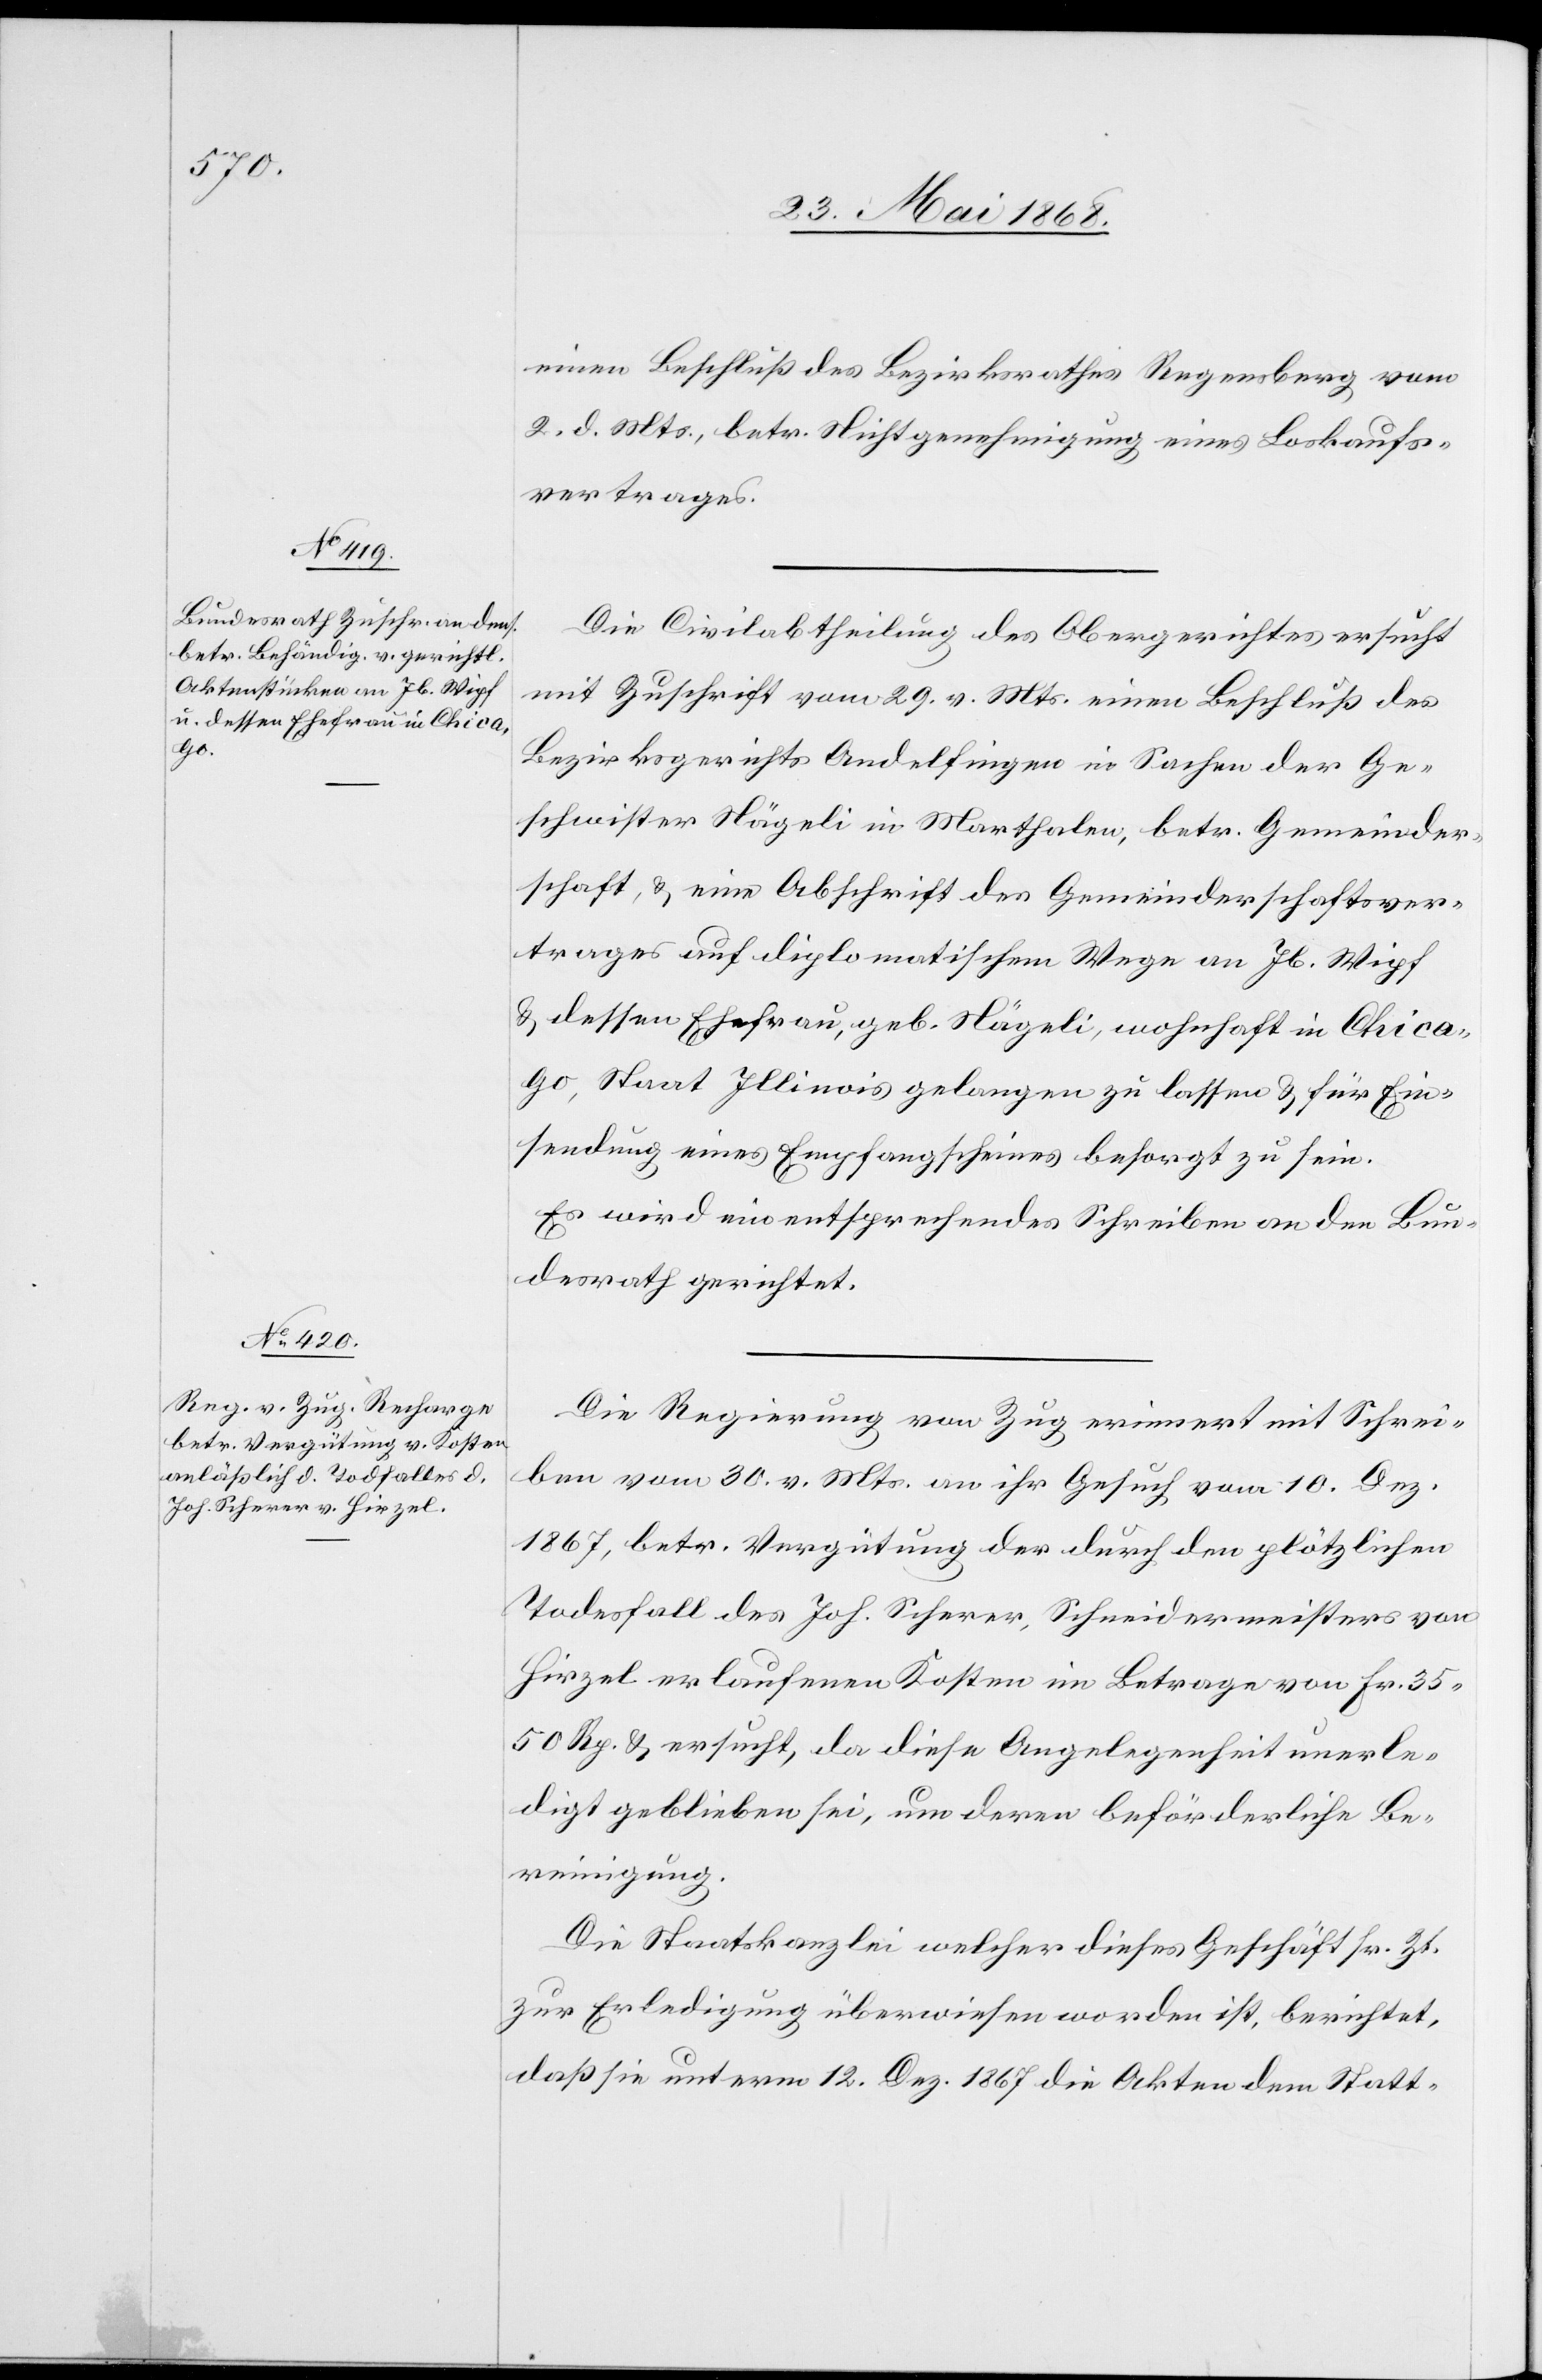
3. Juni 1868.]
einen Beschluß des Bezirksrathes Regensberg vom
2. d. Mts., betr. Nichtgenehmigung eines Loskaufs¬
vertrages.
Die Civilabtheilung des Obergerichtes ersucht
mit Zuschrift vom 29. v. Mts. einen Beschluß des
Bezirksgerichts Andelfingen in Sachen der Ge¬
schwister Nägeli in Marthalen, betr. Gemeinder¬
schaft, & eine Abschrift des Gemeinderschaftsver¬
trages auf diplomatischem Wege an Jb. Wipf
& dessen Ehefrau, geb. Nägeli, wohnhaft in Chica¬
go, Staat Illinois gelangen zu lassen & für Ein¬
sendung eines Empfangscheines besorgt zu sein.
Es wird ein entsprechendes Schreiben an den Bun¬
desrath gerichtet.
Die Regierung von Zug erinnert mit Schrei¬
ben vom 30. v. Mts. an ihr Gesuch vom 10. Dez.
1867, betr. Vergütung der durch den plötzlichen
Todesfall des Joh. Scherer, Schneidermeisters von
Hirzel erlaufenen Kosten im Betrage von Fr. 35.
50 Rp. & ersucht, da diese Angelegenheit unerle¬
digt geblieben sei, um deren beförderliche Be¬
reinigung.
Die Staatskanzlei welcher dieses Geschäft sr. Zt.
zur Erledigung überwiesen worden ist, berichtet,
daß sie unterm 12. Dez. 1867 die Akten dem Statt-